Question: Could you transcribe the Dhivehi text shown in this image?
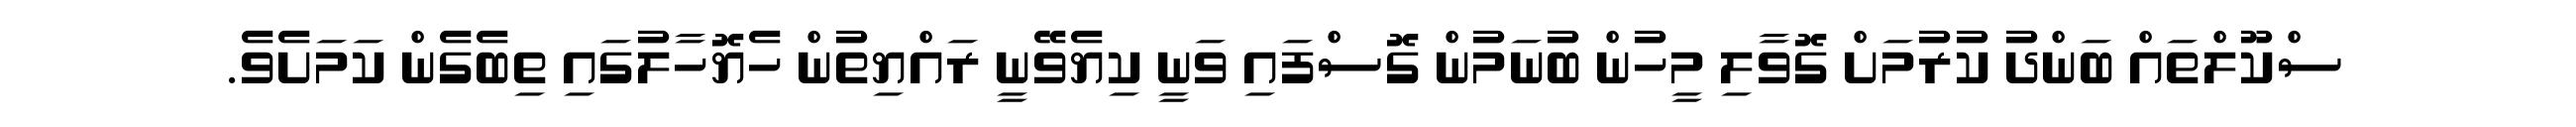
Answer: ސްކޫލްތައް ބަންދު ކުރުމަށް ގޮވާލި މީހުން ބުނަމުން ގޮސްފައި ވަނީ ކިޔެވޭނީ ރައްޔިތުން ހެޔޮހާލުގައި ތިބެގެން ކަމަށެވެ.